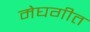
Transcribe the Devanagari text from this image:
मेघगीत